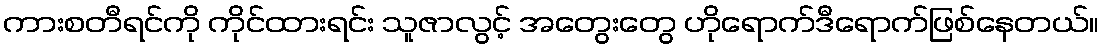
ကားစတီရင်ကို ကိုင်ထားရင်း သူဇာလွင့် အတွေးတွေ ဟိုရောက်ဒီရောက်ဖြစ်နေတယ်။